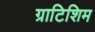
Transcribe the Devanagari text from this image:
ग्राटिशिम